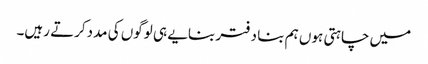
میں چاہتی ہوں ہم بنا دفتر بنایے ہی لوگوں کی مددکرتے رہیں۔